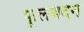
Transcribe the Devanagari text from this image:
फूलबदन